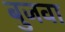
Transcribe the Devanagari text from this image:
बुजवा